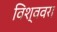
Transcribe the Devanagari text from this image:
विश्ववरा